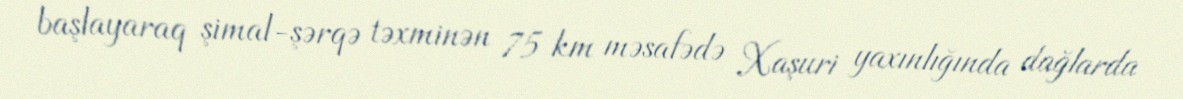
başlayaraq şimal-şərqə təxminən 75 km məsafədə Xaşuri yaxınlığında dağlarda